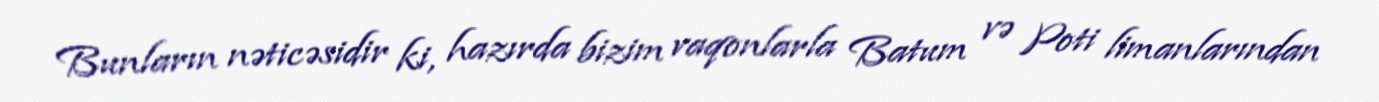
Bunların nəticəsidir ki, hazırda bizim vaqonlarla Batum və Poti limanlarından